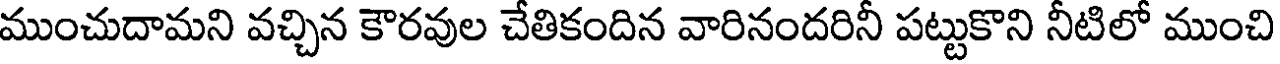
ముంచుదామని వచ్చిన కౌరవుల చేతికందిన వారినందరినీ పట్టుకొని నీటిలో ముంచి